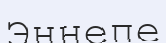
Эннепе